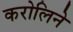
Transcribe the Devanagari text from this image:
करोलिने